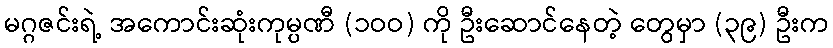
မဂ္ဂဇင်းရဲ့ အကောင်းဆုံးကုမ္ပဏီ (၁ဝဝ) ကို ဦးဆောင်နေတဲ့ တွေမှာ (၃၉) ဦးက